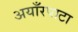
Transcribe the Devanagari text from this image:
अयाँरपाटा